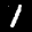
Label: 1